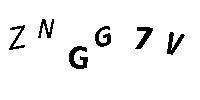
ZNGG7V